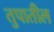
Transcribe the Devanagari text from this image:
तुपातील